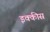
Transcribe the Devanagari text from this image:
इक्‍कीस